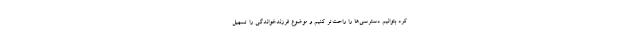
کرد بتوانیم دسترسی‌ها را راحت‌تر کنیم و موضوع فرزندخواندگی را تسهیل